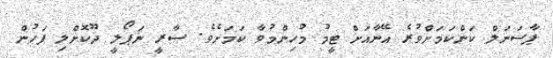
ޕާސަނަލް ކަންކަމަށްވުރެ އޭނާއަށް ޓީމު މުހިންމުވާ ކަމަށެވެ. ސާރީ ނަޕޯލީ ދޫކޮށްލި ފަހުން